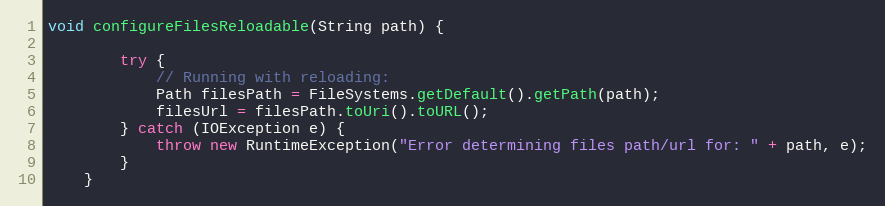
Language: Java
void configureFilesReloadable(String path) {

        try {
            // Running with reloading:
            Path filesPath = FileSystems.getDefault().getPath(path);
            filesUrl = filesPath.toUri().toURL();
        } catch (IOException e) {
            throw new RuntimeException("Error determining files path/url for: " + path, e);
        }
    }